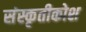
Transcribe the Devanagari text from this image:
संस्कृतीकोश